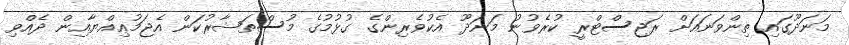
މަނަދޫގައި ތިންވަނައަށް ރަޖިސްޓްރީ ކުރެވުނު މަނަދޫ އެކުވެރިންގެ ގުޅުމުގެ މުސްތަޝާރުކަން އެޖަމުޢިއްޔާއިން ދެއްވި